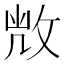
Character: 𢽆